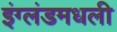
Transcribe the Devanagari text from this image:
इंग्लंडमधली